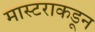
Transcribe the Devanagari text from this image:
मास्टराकडून